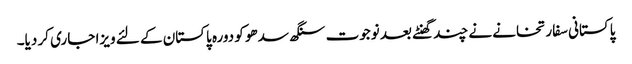
پاکستانی سفارتخانے نے چند گھنٹے بعد نوجوت سنگھ سدھو کو دورہ پاکستان کے لئے ویزا جاری کر دیا۔